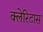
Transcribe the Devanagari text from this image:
क्लेरिटास